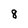
Character: 8